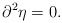
\begin{align*}\partial^2 \eta = 0.\end{align*}